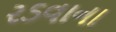
રડવાના